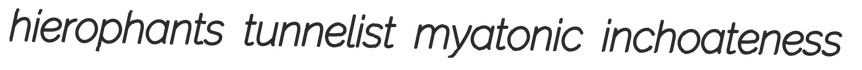
hierophants tunnelist myatonic inchoateness